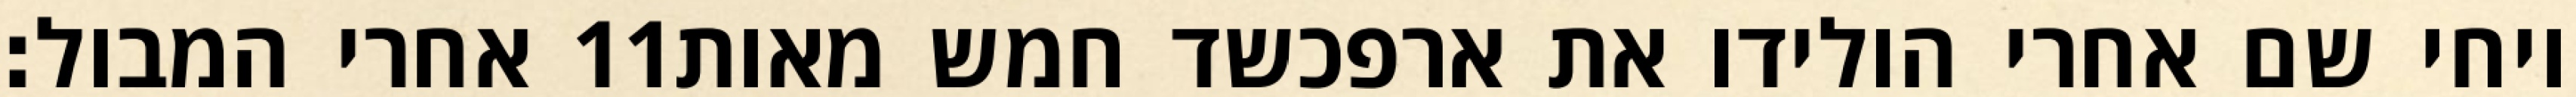
אחרי המבול׃ ‎11‏ ויחי שם אחרי הולידו את ארפכשד חמש מאות